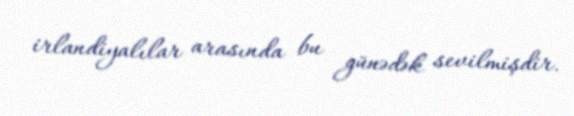
irlandiyalılar arasında bu günədək sevilmişdir.